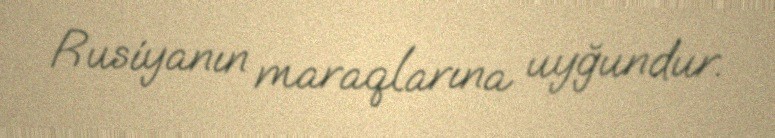
Rusiyanın maraqlarına uyğundur.